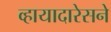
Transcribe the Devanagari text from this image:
व्हायादारेसने